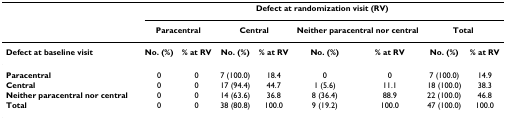
<table><thead><tr><td></td><td colspan="8"><b>Defect at randomization visit (RV)</b></td></tr><tr><td></td><td colspan="2"><b>Paracentral</b></td><td colspan="2"><b>Central</b></td><td colspan="2"><b>Neither paracentral nor central</b></td><td colspan="2"><b>Total</b></td></tr></thead><tbody><tr><td><b>Defect at baseline visit</b></td><td><b>No. (%)</b></td><td><b>% at RV</b></td><td><b>No. (%)</b></td><td><b>% at RV</b></td><td><b>No. (%)</b></td><td><b>% at RV</b></td><td><b>No. (%)</b></td><td><b>% at RV</b></td></tr><tr><td><b>Paracentral</b></td><td>0</td><td>0</td><td>7 (100.0)</td><td>18.4</td><td>0</td><td>0</td><td>7 (100.0)</td><td>14.9</td></tr><tr><td><b>Central</b></td><td>0</td><td>0</td><td>17 (94.4)</td><td>44.7</td><td>1 (5.6)</td><td>11.1</td><td>18 (100.0)</td><td>38.3</td></tr><tr><td><b>Neither paracentral nor central</b></td><td>0</td><td>0</td><td>14 (63.6)</td><td>36.8</td><td>8 (36.4)</td><td>88.9</td><td>22 (100.0)</td><td>46.8</td></tr><tr><td><b>Total</b></td><td>0</td><td>0</td><td>38 (80.8)</td><td>100.0</td><td>9 (19.2)</td><td>100.0</td><td>47 (100.0)</td><td>100.0</td></tr></tbody></table>